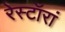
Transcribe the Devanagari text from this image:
रेस्टॉरां